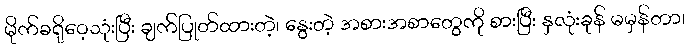
မိုက်ခရိုဝေ့သုံးပြီး ချက်ပြုတ်ထားတဲ့၊ နွေးတဲ့ အစားအစာတွေကို စားပြီး နှလုံးခုန် မမှန်တာ၊